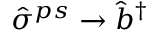
\hat { \sigma } ^ { p s } \rightarrow \hat { b } ^ { \dagger }